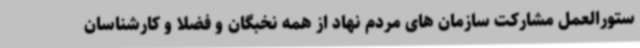
ستورالعمل مشارکت سازمان های مردم نهاد از همه نخبگان و فضلا و کارشناسان